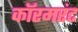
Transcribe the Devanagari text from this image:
कॉरमरंट